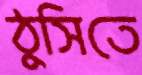
ঠুসিতে